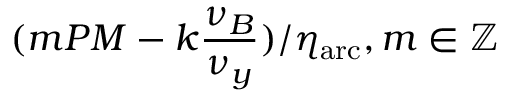
( m P M - k \frac { \nu _ { B } } { \nu _ { y } } ) / \eta _ { \mathrm { a r c } } , m \in \mathbb { Z }